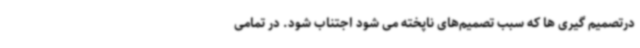
درتصمیم گیری ها که سبب تصمیم‌های ناپخته می شود اجتناب شود. در تمامی